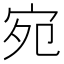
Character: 宛